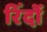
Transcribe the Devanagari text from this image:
रिंदों